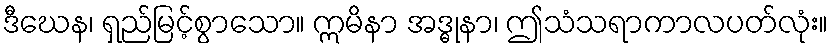
ဒီဃေန၊ ရှည်မြင့်စွာသော။ ဣမိနာ အဒ္ဓုနာ၊ ဤသံသရာကာလပတ်လုံး။